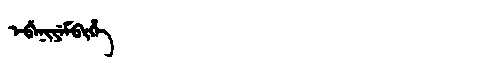
Manchu: ᡝᠪᡝᠨᡳᠶᡝᠮᠪᡳᡥᡝ
Romanization: EBENIYEMBIHE